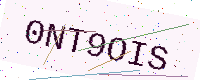
Text: 0NT9OIS